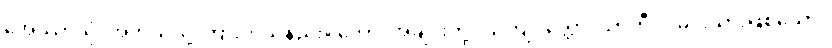
အေဿာသုံ၊ အဘယ်သို့ ကြားကုသနည်း။ ဘော၊ အချင်းတို့။ သကျပုတ္တော၊ သာကီဝင်မင်းသားဖြစ်သော။